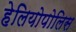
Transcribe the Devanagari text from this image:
हेलियोपोलिस